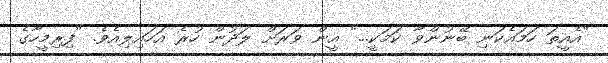
"އެއީތަ ހަމައެކަނި ބޭނުންވާ ކަމަކީ..." އީން ވަރަށް ލަދުން ހުރެ އަހައިލިއެވެ. "ފިރިމީހާގެ